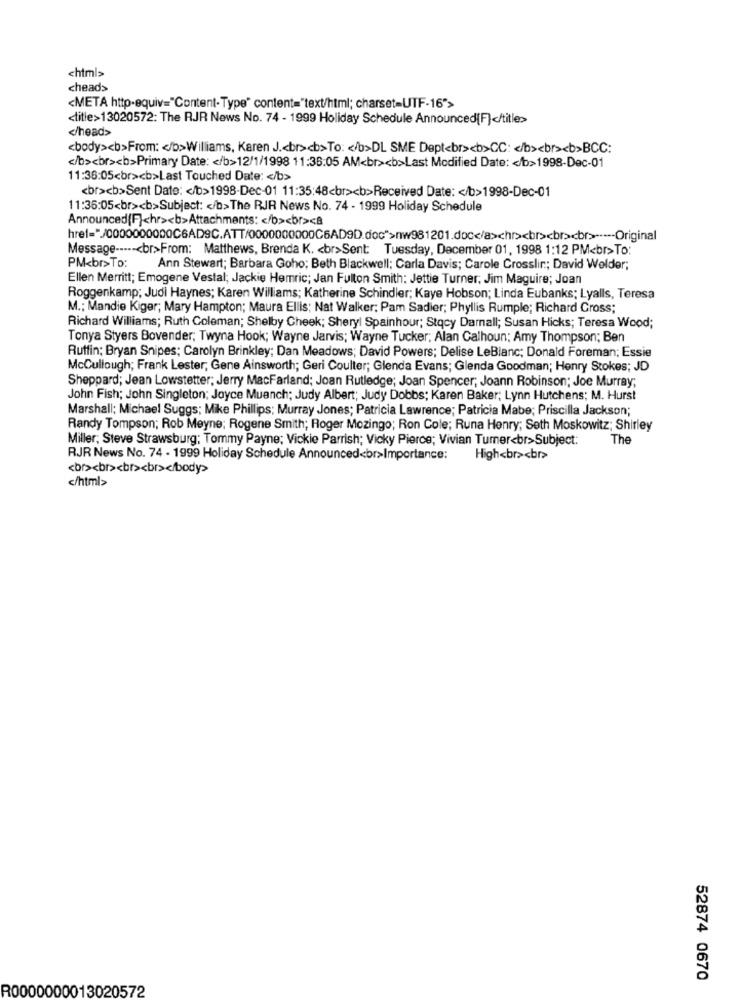
<html>
cheads
<META http-equiv="Content-Type" content="text/html; charset=UTF-16">
<title>13020572: The RJR News No. 74 - 1999 Holiday Schedule Announced[F]</title>
</head>
<body><b>From: < /b>Williams, Karen J .< br><b>To: < /b>DL SME Dept<br><b>CC: < /b><br><b>BCC:
</b><br><b>Primary Date: < /b>12/1/1998 11:36:05 AM<br><b>Last Modified Date: < /b>1998-Dec-01
11:36:05<br><b>Last Touched Date: < /b>
<br><b>Sent Date: < /b>1998-Dec-01 11:35:48<br><b>Received Date: < /b>1998-Dec-01
11:36:05<br><b>Subject: < /b> The RJR News No. 74 - 1999 Holiday Schedule
Announced{F}chr><b>Attachments: < /b><br><a
href="/0000000000C6AD9C.ATT/0000000000C6AD9D.doc">nw981201.doc</a>chr><br><br><br> ----- Original
Message -----< br>From: Matthews, Brenda K. < br>Sent: Tuesday, December 01, 1998 1:12 PM<br>To:
PM<br>To:
Ann Stewart; Barbara Goho; Beth Blackwell; Carla Davis; Carole Crosslir; David Welder;
Ellen Merritt; Emogene Vestal; Jackie Hemric; Jan Fulton Smith: Jettie Turner, Jim Maguire; Joan
Roggenkamp; Judi Haynes; Karen Williams; Katherine Schindler; Kaye Hobson; Linda Eubanks; Lyalls, Teresa
M .; Mandie Kiger; Mary Hampton; Maura Ellis; Nat Walker; Pam Sadier; Phyllis Rumple; Richard Cross;
Richard Williams; Ruth Coleman; Shelby Cheek; Sheryl Spainhour; Stqcy Damnall; Susan Hicks; Teresa Wood;
Tonya Styers Bovender; Twyna Hook; Wayne Jarvis; Wayne Tucker; Alan Calhoun; Amy Thompson; Ben
Ruffin: Bryan Snipes; Carolyn Brinkley; Dan Meadows; David Powers; Delise LeBlanc; Donald Foreman; Essie
Mccullough; Frank Lester, Gene Ainsworth; Geri Coulter; Glenda Evans; Glenda Goodman; Henry Stokes; JD
Sheppard; Jean Lowstetter; Jerry MacFarland; Joan Rutledge; Joan Spencer; Joann Robinson; Joe Murray;
John Fish; John Singleton; Joyce Muanch; Judy Albert; Judy Dobbs; Karen Baker; Lynn Hutchens; M. Hurst
Marshall; Michael Suggs; Mike Phillips; Murray Jones; Patricia Lawrence; Patricia Mabe; Priscilla Jackson;
Randy Tompson; Rob Meyne; Rogene Smith; Roger Mozingo; Ron Cole; Runa Henry; Seth Moskowitz; Shirley
Miller; Steve Strawsburg; Tommy Payne; Vickie Parrish; Vicky Pierce; Vivian Turner<br>Subject:
The
RJR News No. 74 - 1999 Holiday Schedule Announced<br>Importance:
High<br><br>
</html>
52874 0670
R0000000013020572